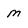
Character: m